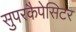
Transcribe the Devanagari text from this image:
सुपरकैपेसिटर